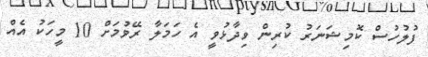
ފުލުހުސް ކޮމިޝަނަރު ކުރިން ވިދާޅުވީ އެ ހަމަލާ ރޭވުމަށް 10 މީހަކު އެއް